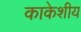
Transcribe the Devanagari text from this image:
काकेशीय